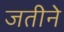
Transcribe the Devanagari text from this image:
जतीने